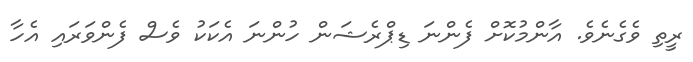
ރީތި ވެގެނެވެ. އާންމުކޮށް ފެންނަ ޑިޕްރެޝަން ހުންނަ އެކަކު ވެސް ފެންވަރައި އެހާ